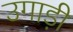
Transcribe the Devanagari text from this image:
उगाड़ी